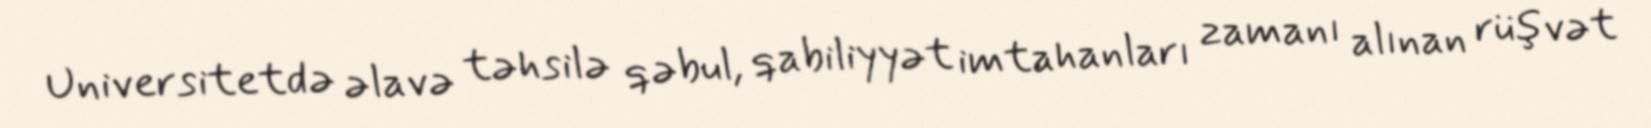
Universitetdə əlavə təhsilə qəbul, qabiliyyət imtahanları zamanı alınan rüşvət